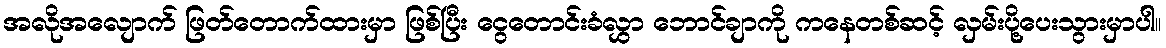
အလိုအလျောက် ဖြတ်တောက်ထားမှာ ဖြစ်ပြီး ငွေတောင်းခံလွှာ ဘောင်ချာကို ကနေတစ်ဆင့် လှမ်းပို့ပေးသွားမှာပါ။